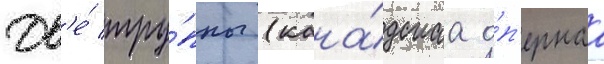
Дв'е́ тру́ппы (кана́дскаа о́п'ернаа